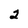
Character: 2